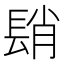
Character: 𨲆